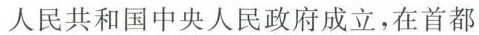
人民共和国中央人民政府成立，在首都